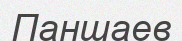
Паншаев